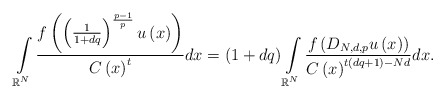
\begin{align*}\int\limits_{\mathbb{R}^{N}}\frac{f\left( \left( \frac{1}{1+dq}\right) ^{\frac{p-1}{p}}u\left(x\right) \right) }{C\left( x\right) ^{t}}dx=\left( 1+dq\right)\int\limits_{\mathbb{R}^{N}}\frac{f\left( D_{N,d,p}u\left( x\right) \right) }{C\left( x\right)^{t\left( dq+1\right) -Nd}}dx.\end{align*}